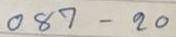
087 - 20